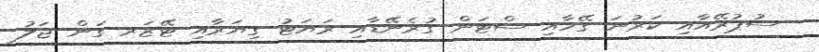
ސުޕުރޭއާއި ކަރުނަ ގޭހާއި ސްޓަން ގުރެނޭޑާއި ރަޔަޓު ގިޔަރާއި ޓޭޒަރ ގަން ޖަލު